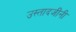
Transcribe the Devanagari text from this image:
उस्तादजींनी